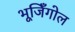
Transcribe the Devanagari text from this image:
भूजिँगोल